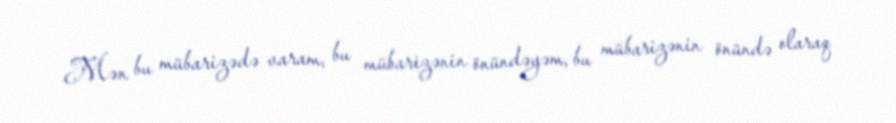
Mən bu mübarizədə varam, bu mübarizənin önündəyəm, bu mübarizənin önündə olaraq